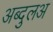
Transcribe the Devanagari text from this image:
अब्दुलअ